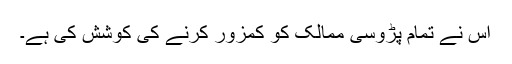
اس نے تمام پڑوسی ممالک کو کمزور کرنے کی کوشش کی ہے۔